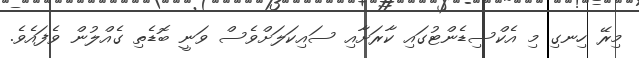
މިރޭ ހިނގި މި އެކްސިޑެންޓުގައި ކާރަށާއި ސައިކަލަށްވެސް ވަނީ ބޮޑެތި ގެއްލުން ވެފައެވެ.